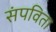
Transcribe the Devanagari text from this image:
संपविता